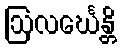
ဩလင်္ဃေန္တိ